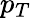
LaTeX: p_{T}